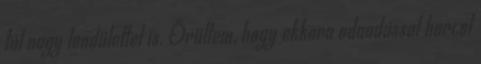
túl nagy lendülettel is. Örültem, hogy ekkora odaadással harcol